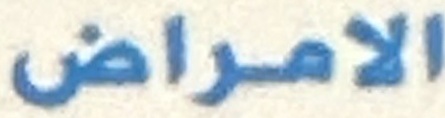
الامراض